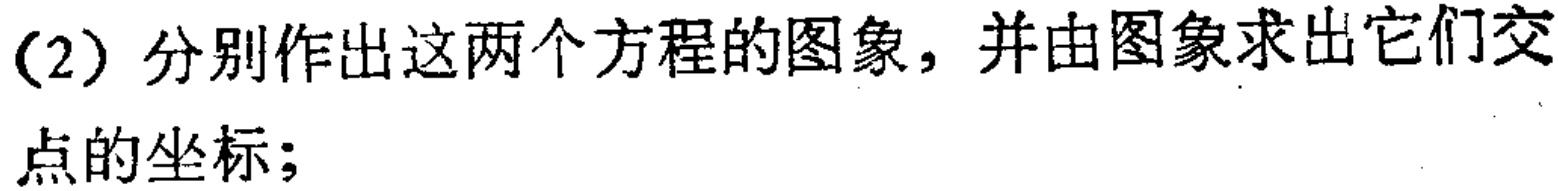
(2) 分别作出这两个方程的图象，并由图象求出它们交点的坐标；